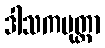
ဒါသကပုတ္တာ